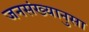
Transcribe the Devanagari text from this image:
जनसंख्यानुसा